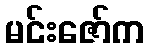
မင်းဇော်က